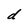
Character: d